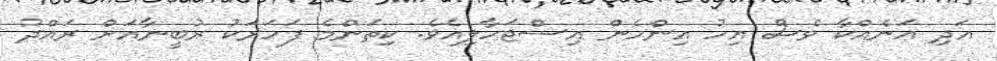
އަދި އަނެއްކާ ވެސް އިހު އިންހެން އިސްޖަހާލިއެވެ. ކިތަންމެ ފަހަރަކު ރުބީނާއަށް ރައްދު